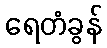
ရေတံခွန်